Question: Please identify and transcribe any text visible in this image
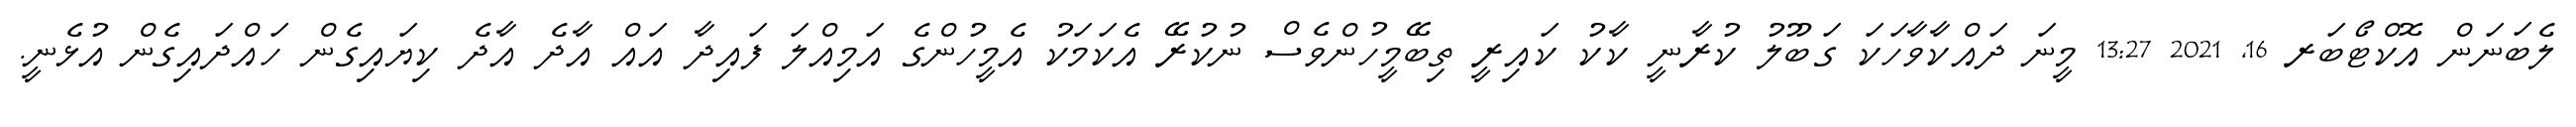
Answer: ލެބަނަން އޮކްޓޯބަރ 16, 2021 13:27 މީނަ ދައްކާވާހަކަ ގަބޫލު ކުރާނީ ކާކު ކައިރީ ތިބޭމީހުންވެސް ނުކުރޭ އެކަމަކު އެމީހުންގެ އަމިއްލަ ފައިދާ އައް އާދެ އާދެ ކިޔައިގެން ހައްދައިގެން އުޅެނީ.